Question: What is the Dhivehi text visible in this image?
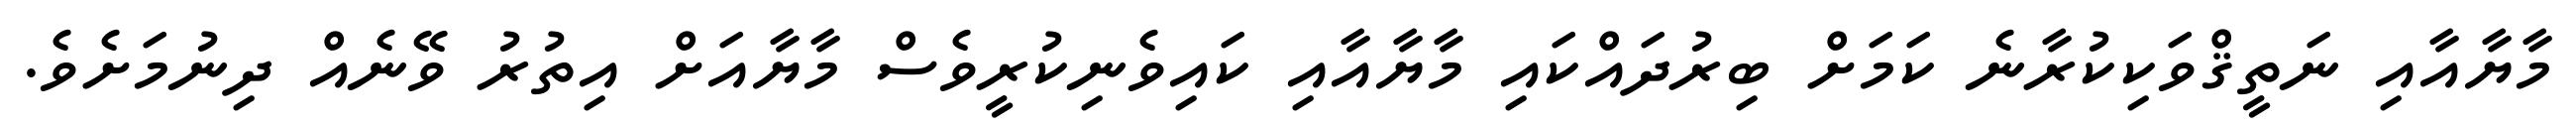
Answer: މާޔާއާއި ނަތީޤްވަކިކުރާނެ ކަމަށް ބިރުދައްކައި މާޔާއާއި ކައިވެނިކުރީވެސް މާޔާއަށް އިތުރު ވޭނެއް ދިނުމަށެވެ.